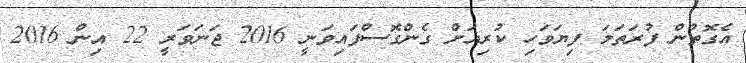
އެގޮތުން ފުރަތަމަ ފިޔަވަހި ކުރިއަށް ގެންގޮސްފައިވަނީ 2016 ޖަނަވަރީ 22 އިން 2016